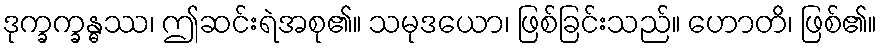
ဒုက္ခက္ခန္ဓဿ၊ ဤဆင်းရဲအစု၏။ သမုဒယော၊ ဖြစ်ခြင်းသည်။ ဟောတိ၊ ဖြစ်၏။